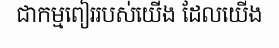
ជាកម្មពៀររបស់យើង ដែលយើង